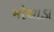
મોથાડા